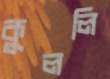
কুললি